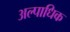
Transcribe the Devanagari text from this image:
अल्पाधिक